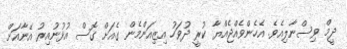
ދީމް ވިސްނާލިއެވެ. އެހެންވެއްޖެއްޔާ ކުރީ ދުވަހު އިޒިއަންމެން ގެއަށް ގޮސް އުޅުނުއިރު އޭނާއަށް